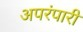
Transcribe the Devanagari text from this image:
अपरंपारी